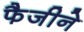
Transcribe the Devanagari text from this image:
फैजीने